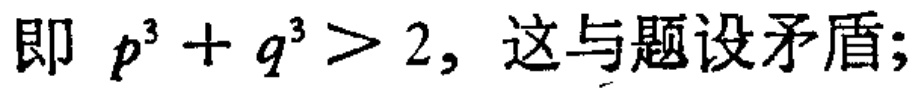
即 \(p^{3}+q^{3}>2\)，这与题设矛盾;